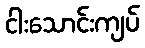
ငါးသောင်းကျပ်